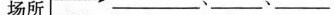
场所___、___、___